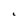
Character: L